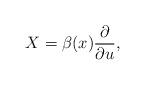
LaTeX: \begin{align*}X = \beta(x) \frac{\partial}{\partial u},\end{align*}